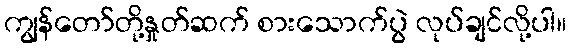
ကျွန်တော်တို့နှုတ်ဆက် စားသောက်ပွဲ လုပ်ချင်လို့ပါ။